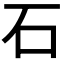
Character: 石